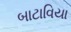
બાટાવિયા